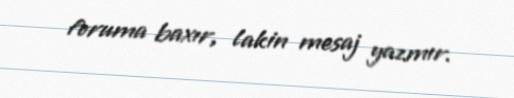
foruma baxır, lakin mesaj yazmır.